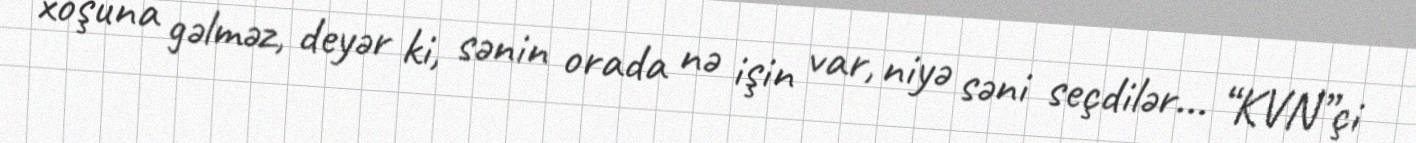
xoşuna gəlməz, deyər ki, sənin orada nə işin var, niyə səni seçdilər... “KVN”çi